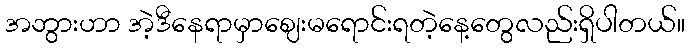
အဘွားဟာ အဲ့ဒီနေရာမှာဈေးမရောင်းရတဲ့နေ့တွေလည်းရှိပါတယ်။